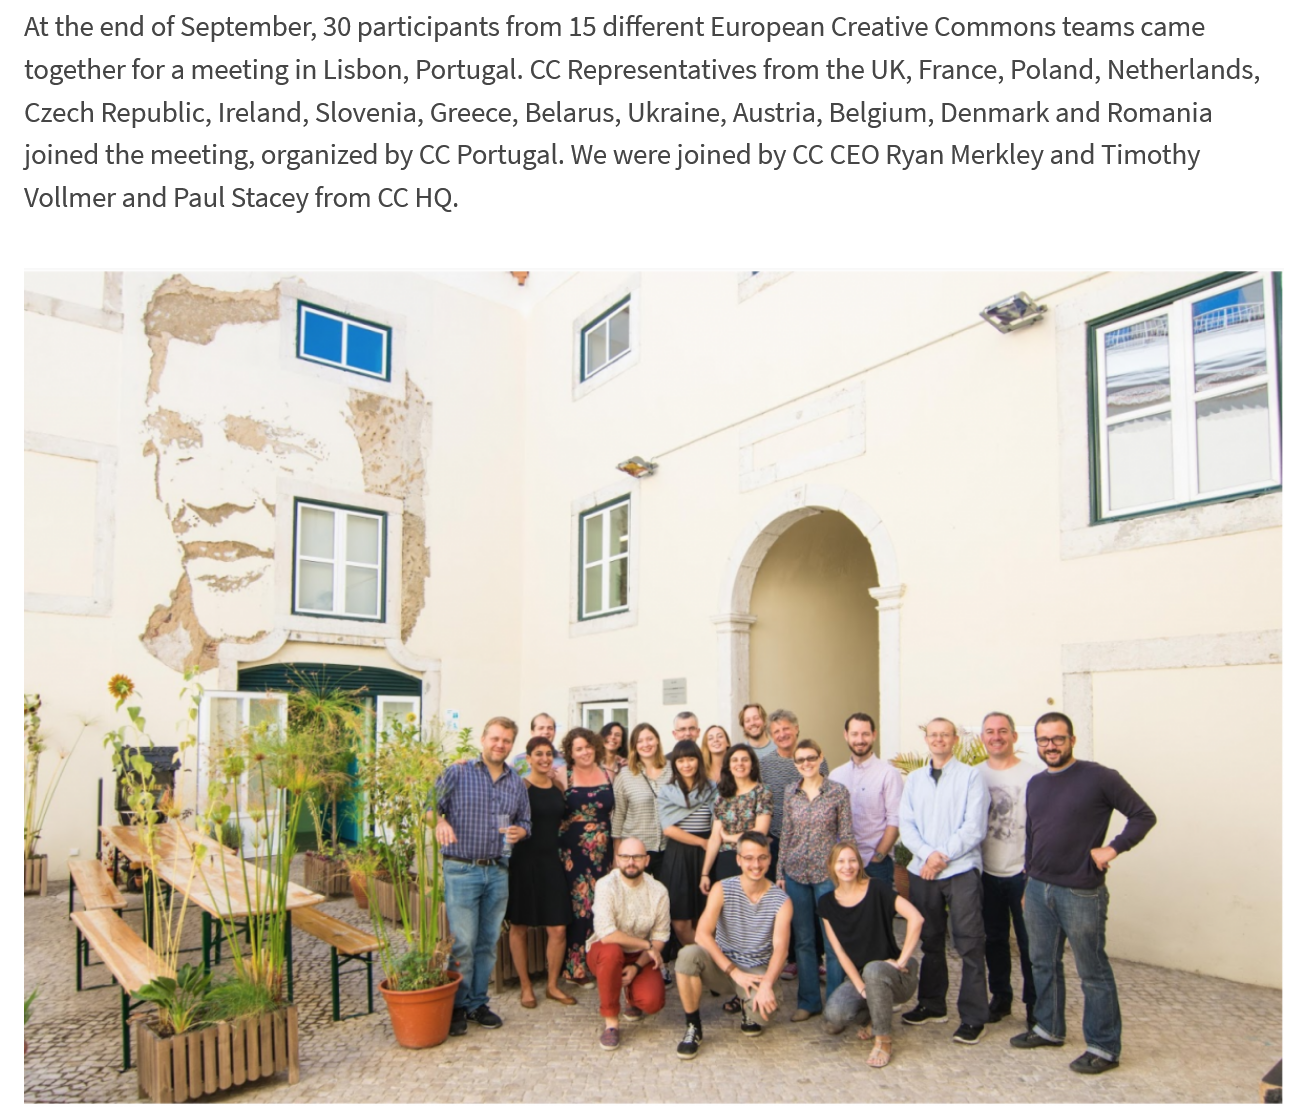
At the end of September, 30 participants from 15 different European Creative Commons teams came
  together for a meeting in Lisbon, Portugal. CC Representatives from the UK, France, Poland, Netherlands,
  Czech Republic, Ireland, Slovenia, Greece, Belarus, Ukraine, Austria, Belgium, Denmark and Romania
  joined the meeting, organized by CC Portugal. We were joined by CC CEO Ryan Merkley and Timothy
  Vollmer and Paul Stacey from CC HQ.